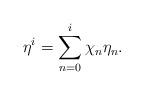
LaTeX: \begin{align*} \eta^i=\sum_{n=0}^{i}\chi_n\eta_n.\end{align*}